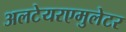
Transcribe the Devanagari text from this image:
अलटेयरएमुलेटर